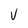
Character: V